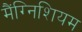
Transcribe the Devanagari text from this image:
मैंग्निशियम